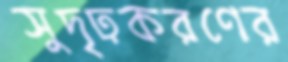
সুদৃঢ়করণের